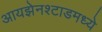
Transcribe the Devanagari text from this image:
आयझेनश्टाडमध्ये